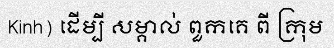
Kinh) ដើម្បី សម្គាល់ ពួកគេ ពី ក្រុម